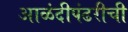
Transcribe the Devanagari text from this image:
आळंदीपंढरीची